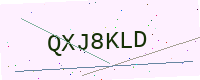
Text: QXJ8KLD